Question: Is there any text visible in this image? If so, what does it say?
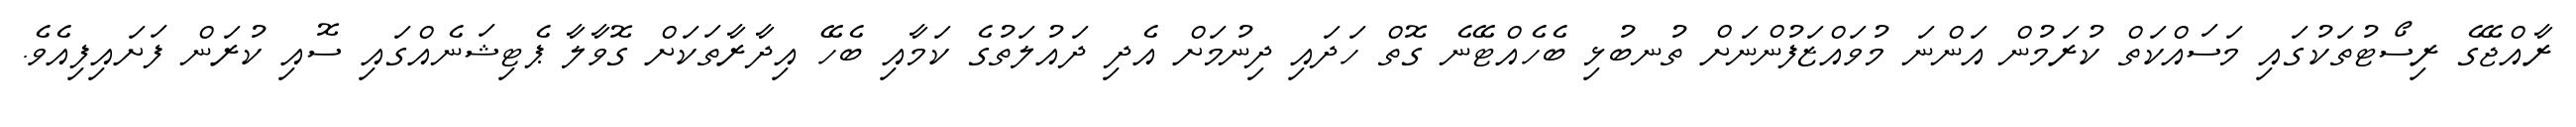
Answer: ރާއްޖޭގެ ރިސޯޓުތަކުގައި މަސައްކަތް ކުރަމުން އަންނަ މުވައްޒަފުންނަށް ތުނބުޅި ބެހެއްޓޭނެ ގޮތް ހަދައި ދިނުމަށް އެދި ދައުލަތުގެ ކަމާއި ބެހޭ އިދާރާތަކަށް ގޮވާލާ ޕެޓިޝަނެއްގައި ސޮއި ކުރަން ފަށައިފިއެވެ.